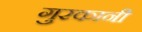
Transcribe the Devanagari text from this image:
गुरकानी